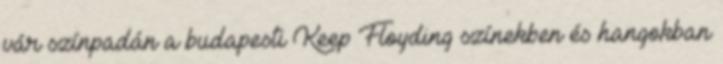
vár színpadán a budapesti Keep Floyding színekben és hangokban